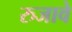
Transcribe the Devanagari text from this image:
रुजावे